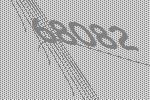
68082